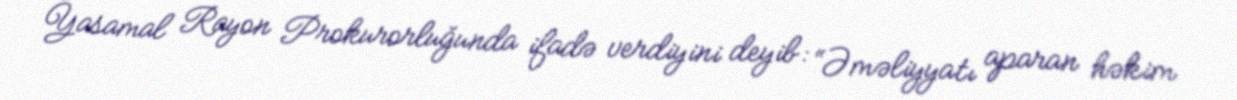
Yasamal Rayon Prokurorluğunda ifadə verdiyini deyib: “Əməliyyatı aparan həkim